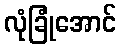
လုံခြုံအောင်